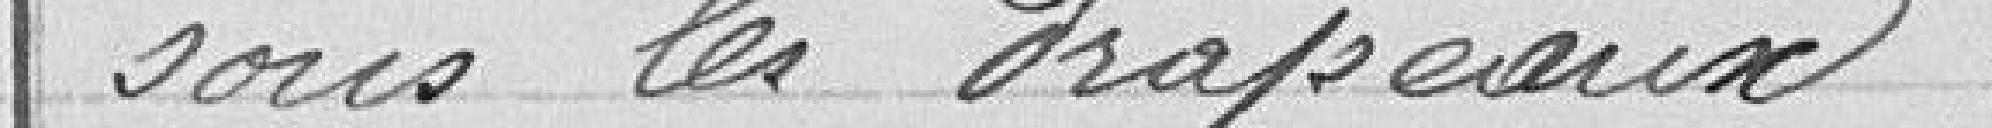
sous les drapeaux